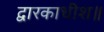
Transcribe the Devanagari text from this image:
द्वारकाधीश॥